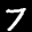
Label: 7